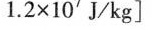
1.2×10^{72}J/kg]$$